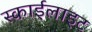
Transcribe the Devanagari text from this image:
स्‍काईलाइट